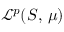
{ \mathcal { L } } ^ { p } ( S , \, \mu )